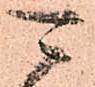
可